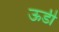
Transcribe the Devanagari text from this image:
ऊडी